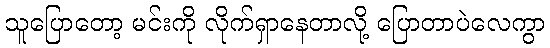
သူပြောတော့ မင်းကို လိုက်ရှာနေတာလို့ ပြောတာပဲလေကွာ